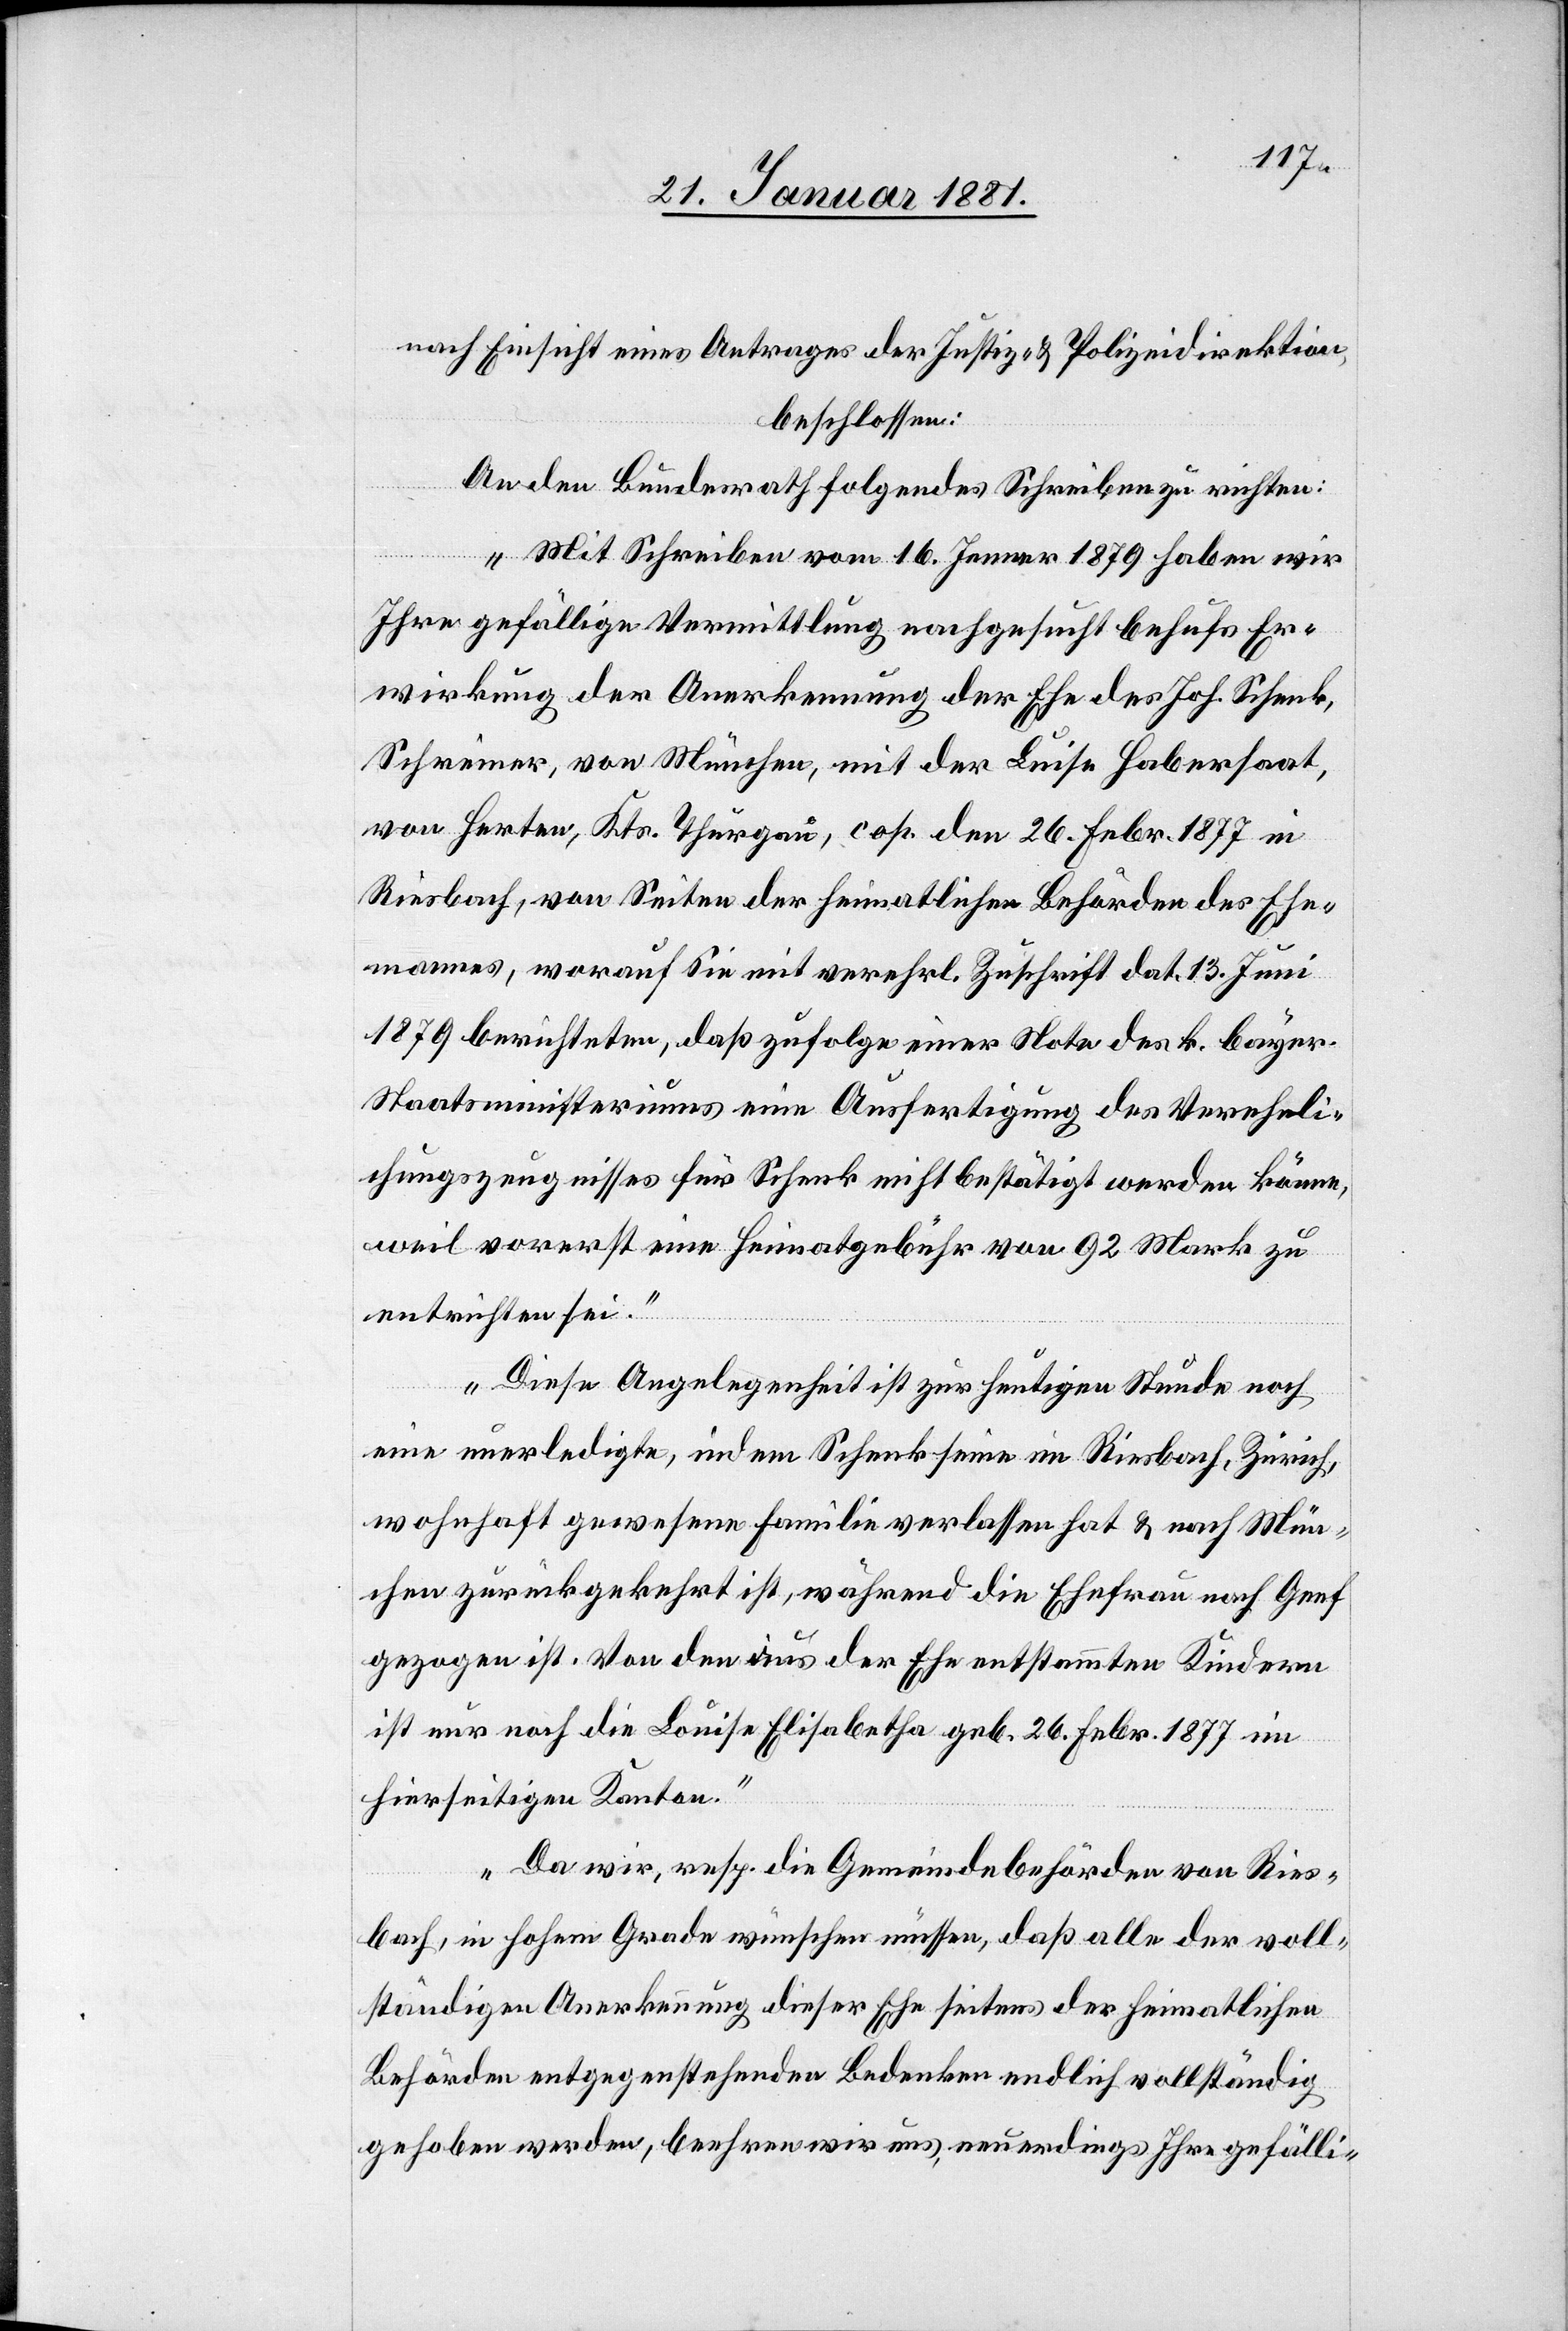
nach Einsicht eines Antrages der Justiz- und Polizeidirektion,
beschlossen:
An den Bundesrath folgendes Schreiben zu richten:
„Mit Schreiben vom 16. Jenner 1879 haben wir
Ihre gefällige Vermittlung nachgesucht behufs Er¬
wirkung der Anerkennung der Ehe des Joh. Schenk,
Schreiner, von München, mit der Luise Habersaat,
von Herten, Kts. Thurgau, cop. den 26. Febr.1877 in
Riesbach, von Seiten der heimatlichen Behörden des Ehe¬
mannes, worauf Sie mit verehrl. Zuschrift dat. 13. Juni
1879 berichteten, daß zufolge einer Note des k. bayer.
Staatsministeriums eine Ausfertigung des Vereheli¬
chungszeugnisses für Schenk nicht bestätigt werden könne,
weil vorerst eine Heimatgebühr von 92 Mark zu
entrichten sei.“
„Diese Angelegenheit ist zur heutigen Stunde noch
eine unerledigte, indem Schenk seine im Riesbach, Zürich,
wohnhaft gewesene Familie verlassen hat & nach Mün¬
chen zurückgekehrt ist, während die Ehefrau nach Genf
gezogen ist. Von den aus ihrer Ehe entstammten Kindern
ist nur noch die Louise Elisabetha geb. 26. Febr. 1877 im
hierseitigen Kanton.“
„Da wir, resp. die Gemeindebehörden von Ries¬
bach, in hohem Grade wünschen müssen, daß alle der voll¬
ständigen Anerkennung dieser Ehe seitens der heimatlichen
Behörden entgegenstehenden Bedenken endlich vollständig
gehoben werden, beehren wir uns, neuerdings Ihre gefälli-